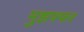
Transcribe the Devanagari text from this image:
मुझफ्फर